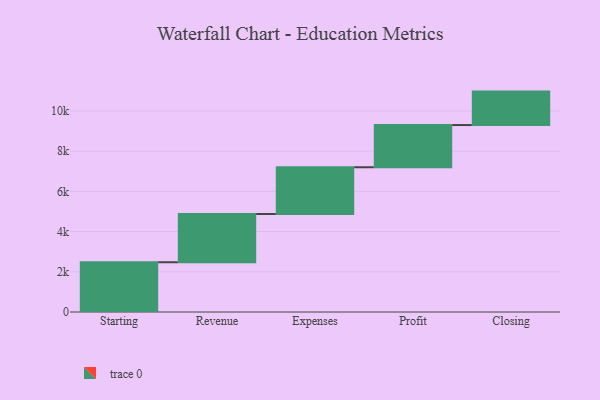
{"axis": {"x": "Step", "y": "Value"}, "legend": [""], "data": [{"x": "Starting", "y": 2476.0, "type": ""}, {"x": "Revenue", "y": 2400.0, "type": ""}, {"x": "Expenses", "y": 2326.0, "type": ""}, {"x": "Profit", "y": 2100.0, "type": ""}, {"x": "Closing", "y": 1664.0, "type": ""}]}